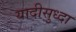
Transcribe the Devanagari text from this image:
यादीसुध्दा